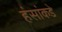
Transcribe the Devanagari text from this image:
हंसांकडे